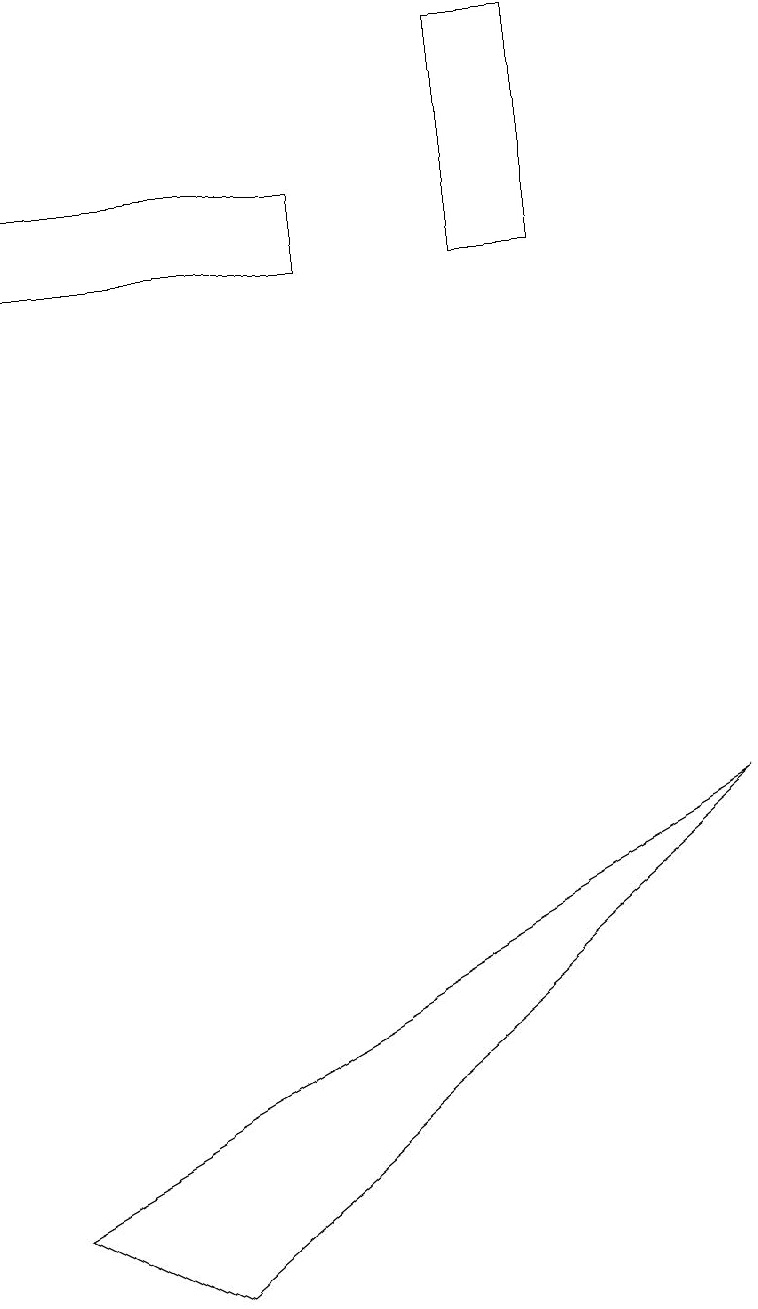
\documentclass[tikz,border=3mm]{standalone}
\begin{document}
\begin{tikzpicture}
\draw (6,17) rectangle (7,14);
\draw (0,14) rectangle (4,15);
\draw (0,2) -- (2,1) -- (9,7) -- cycle;
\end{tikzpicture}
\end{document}